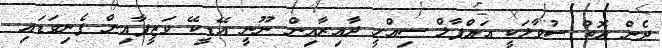
ދެން އޮތް ސުވާލަކީ އައްފާލް ސިއްހީ ދާއިރާއިން ނޫނީ އޭޑީކޭ ވަޒީފާއިން ފެނިވަޑައި